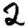
Digit: 2